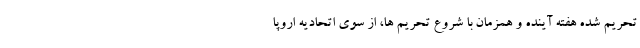
تحریم شده هفته آینده و همزمان با شروع تحریم ها، از سوی اتحادیه اروپا